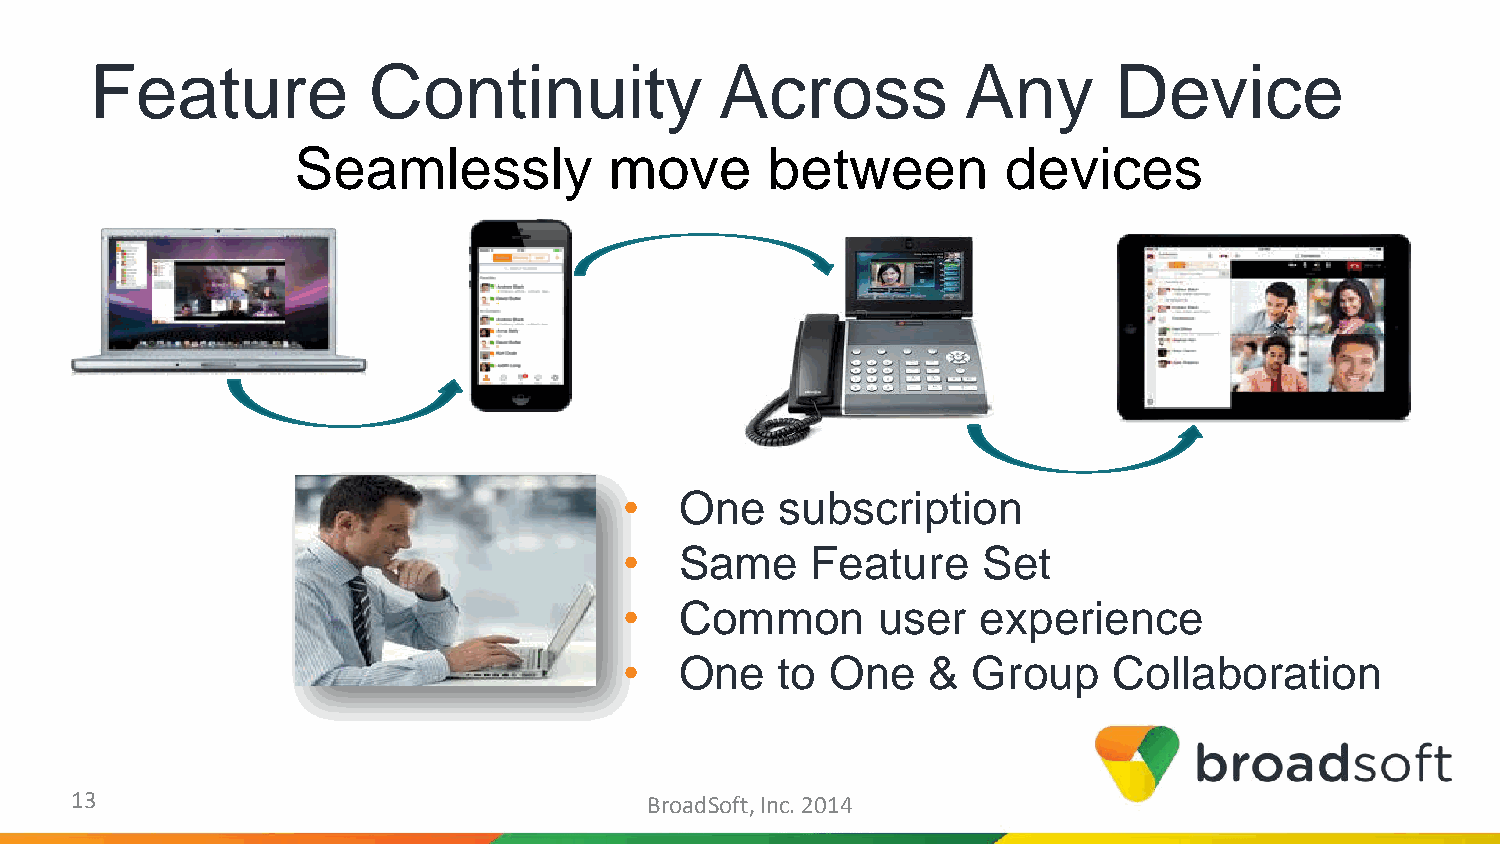
Feature           Continuity              Across          Any       Device
 Seamlessly           move       between         devices
 •   One    subscription
 •   Same     Feature    Set
 •   Common       user   experience
 •   One    to One   &  Group     Collaboration
 13                                    BroadSoft, Inc. 2014